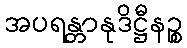
အပရန္တာနုဒိဋ္ဌီနဉ္စ